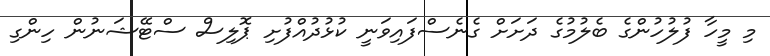
މި މީހާ ފުލުހުންގެ ބެލުމުގެ ދަށަށް ގެނެސްފައިވަނީ ކުޅުދުއްފުށި ޕޮލިސް ސްޓޭޝަނުން ހިންގި